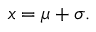
x = \mu + \sigma .